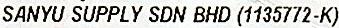
SANYU SUPPLY SDN BHD (1135772-K)